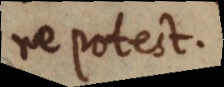
re potest.